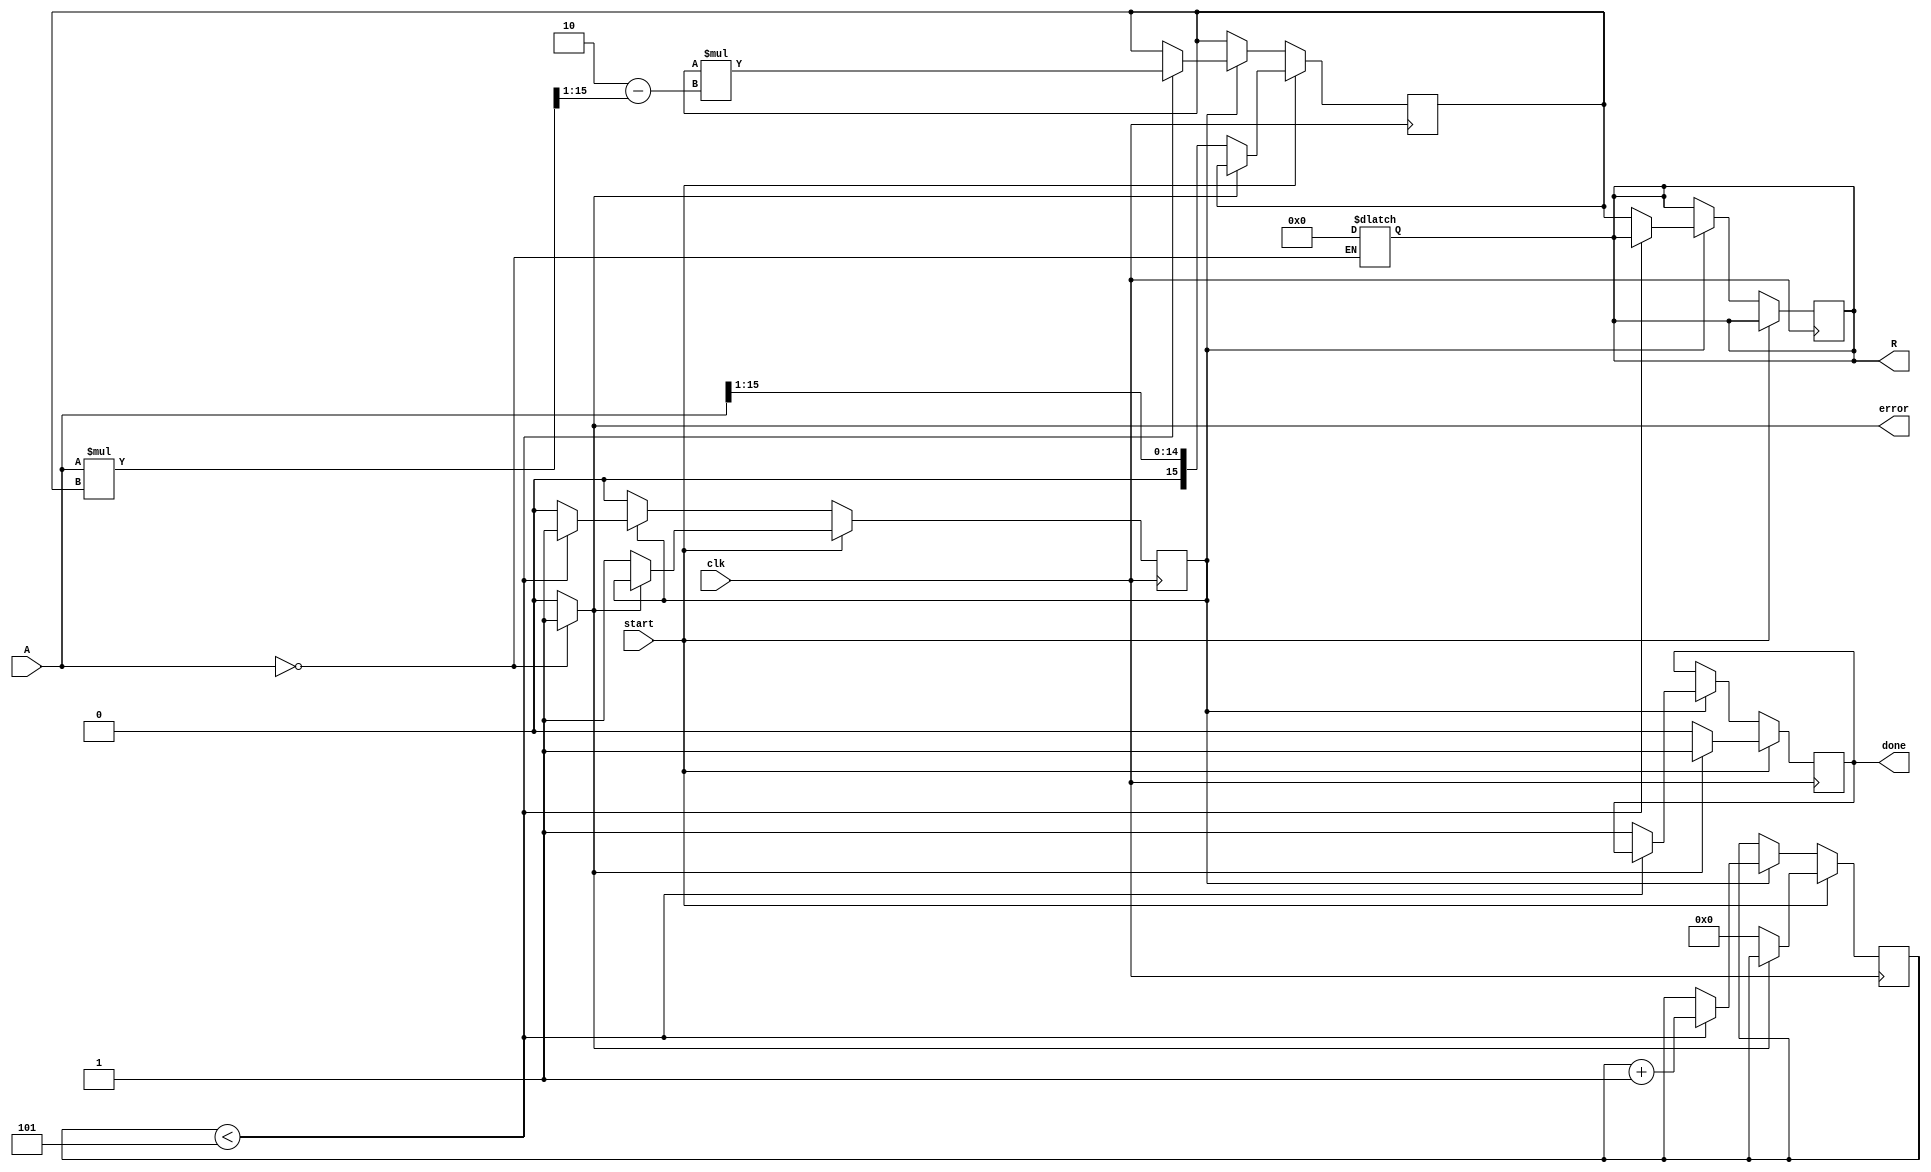
module binary_fractional_reciprocal #(
    parameter BIT_WIDTH = 16,
    parameter ITERATIONS = 5 // Number of iterations for Newton-Raphson
)(
    input  wire [BIT_WIDTH-1:0] A,  // Input data
    input  wire clk,                 // Clock signal
    input  wire start,               // Start signal
    output reg [BIT_WIDTH-1:0] R,    // Output data (reciprocal)
    output reg done,                 // Done signal
    output reg error                 // Error signal (for zero input)
);

    reg [BIT_WIDTH-1:0] x;           // Current approximation
    reg [5:0] iteration_count;        // Iteration counter
    reg busy;                         // Busy flag

    // Combinational logic to check for zero input
    always @(*) begin
        if (A == 0) begin
            error = 1'b1; // Set error flag
            R = {BIT_WIDTH{1'b0}}; // Return 0
        end else begin
            error = 1'b0; // Clear error flag
        end
    end

    // Sequential logic for the Newton-Raphson iteration
    always @(posedge clk) begin
        if (start) begin
            if (!error) begin
                x <= {1'b0, A[BIT_WIDTH-1:1]}; // Initial guess: 1/A
                iteration_count <= 0;
                busy <= 1'b1;
                done <= 1'b0;
            end else begin
                done <= 1'b1; // If error, signal done
            end
        end else if (busy) begin
            if (iteration_count < ITERATIONS) begin
                // Newton-Raphson iteration: x(n+1) = x(n) * (2 - A * x(n))
                x <= x * ({1'b0, 2'b10} - (A * x >> 1)); // Shift A for fixed-point adjustment
                iteration_count <= iteration_count + 1;
            end else begin
                R <= x; // Final approximation
                busy <= 1'b0;
                done <= 1'b1; // Signal completion
            end
        end
    end

endmodule